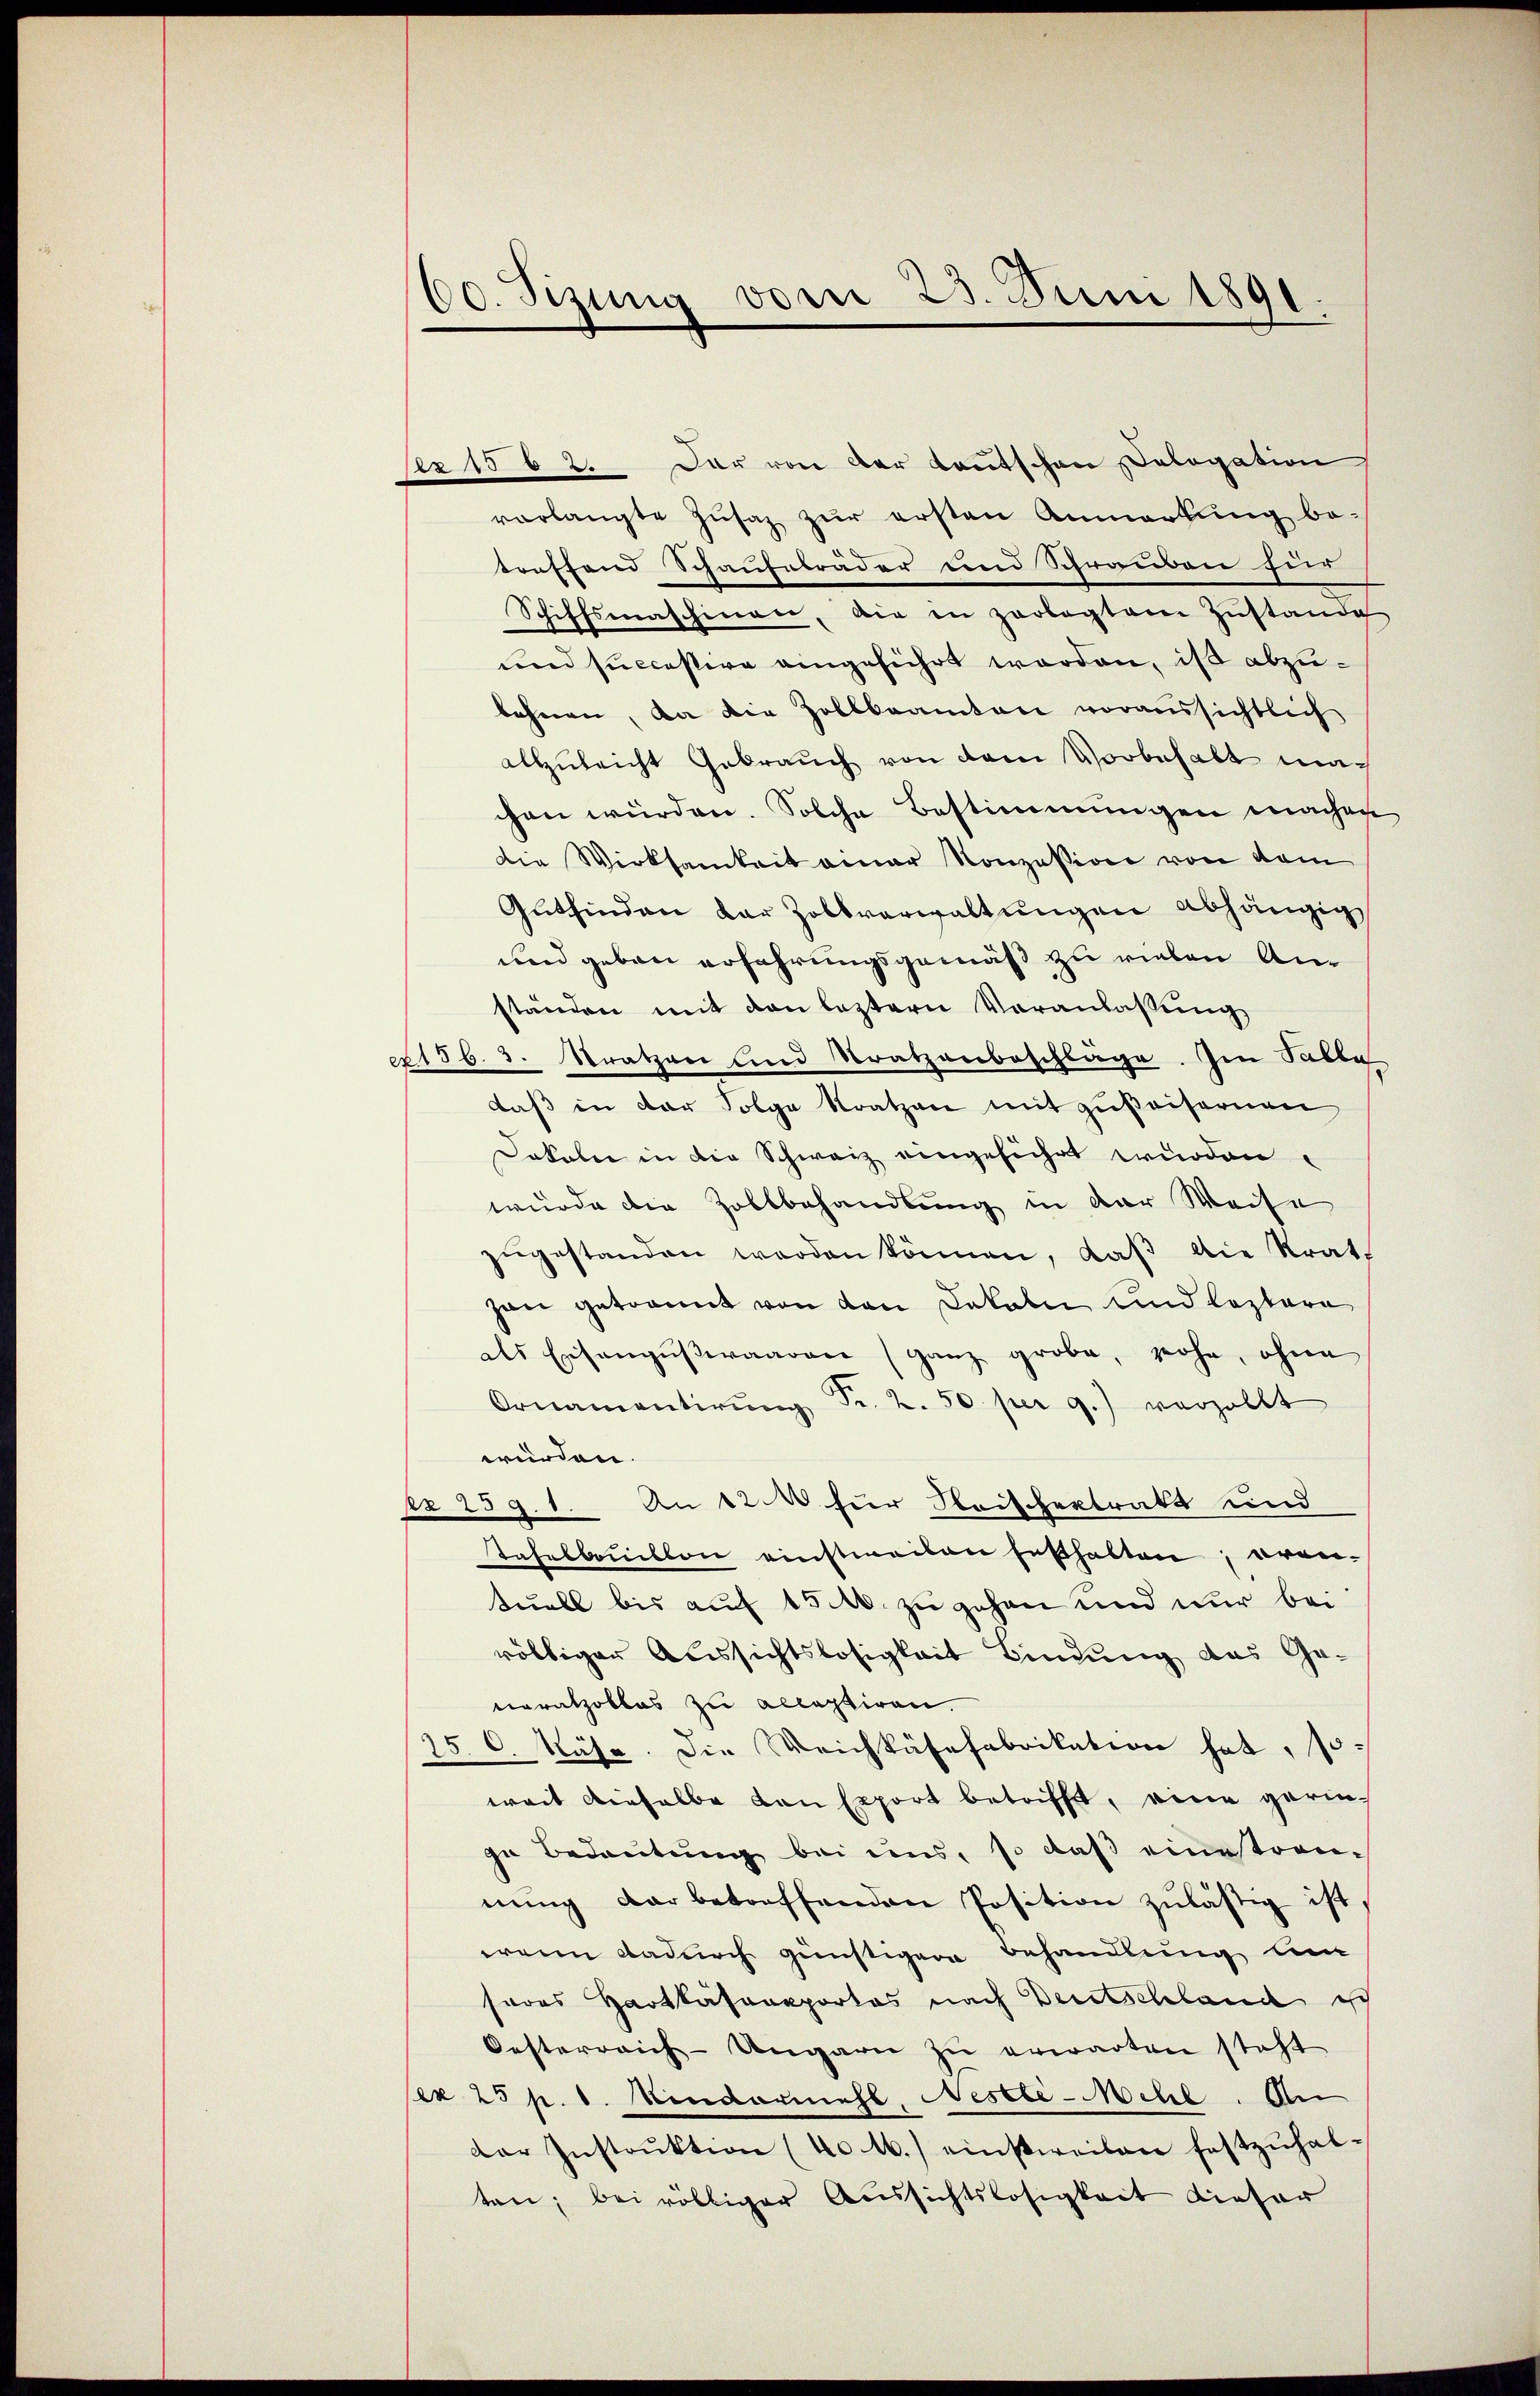
00. Setzung vom 25. Juni 1891

per 1562. Der von der Kautschen Sologation
vorlangte Zŭsaz zur ersten Anmerkung be-
treffend Schaufabräder und Schrauben sei
Schiffsmaschinen, die in zerlegtem Zŭstande
und successive eingeführt worden, ist abzubehnen, da die Zollbeamten voraussichtlich
allzuleicht Gebrauch von dem Vorbehalt machen würden. Solche Bestimmungen machen
die Wirksamkeit einer Konzession von vom
Gutfinden dar Zollverwaltungen abhängig
nnd geben erfahrungsgemäß zu vielen Anständen mit den leztern Veranlassung
ct. 156. 3. Stratzen und Stratzenbeschläge. Im Falle
daß in der Folge Kratzen mit zuweisernen
Dokoln in die Schweiz eingeführt wurden.
wurde die Zollbehandlung in der Weise
zŭgestanden werden können, daβ die Krat-
zan getrannt von den Lokale und leztere
als Einsangŭβwaaren (ganz grobe, rohe, ohne
Ornamentirŭng Fr. 2. 50 per 9.) verzollt
würden.
co 259. 1. An 12 für Frischertratt und
tafelbaillon einstweilen festhalten, erantuell bis auf 15 M. zu gehen und nur bei
völliger Aussichtslosigkeit Bindung das Genoratzoblos zu acceptiren.
15. C. Käse. Die Meichkäsefabrikation hat, so-
weit dieselbe von Export betrifft, eine gerinzu bedeutung bei uns, so daß einestren-
nŭng der betreffenden Position zulästig ist.
wenn dadurch günstigere Behandlung um
sodes Hartkäsansportas nach Deutschland isch
Oesterreich-Ungarn zŭ erwarten steht
ex 25 p. 1. Mindermehl, Nestli-Mehl. An
der Instrŭktion (No 1.) einstweilen festzŭhal-
ten; bei völliger Aussichtslosigkeit dieser